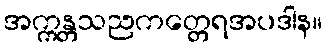
အက္ကန္တသညကတ္တေရအပဒါန။